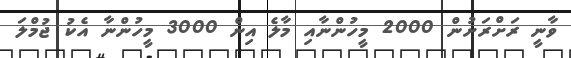
ވާނީ ރަށްރަށުން 2000 މީހުންނާއި މާލެ އިން 3000 މީހުންނާ އެކު ޖުމްލަ